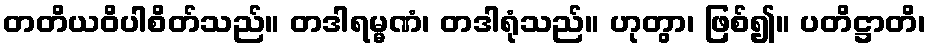
တတိယဝိပါစိတ်သည်။ တဒါရမ္မဏံ၊ တဒါရုံသည်။ ဟုတွာ၊ ဖြစ်၍။ ပတိဋ္ဌာတိ၊